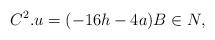
LaTeX: \begin{align*} C^2.u=(-16h-4a)B \in N, \end{align*}